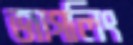
জাগলিং